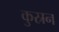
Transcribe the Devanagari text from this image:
कुस्रन